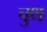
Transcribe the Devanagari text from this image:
चुथ